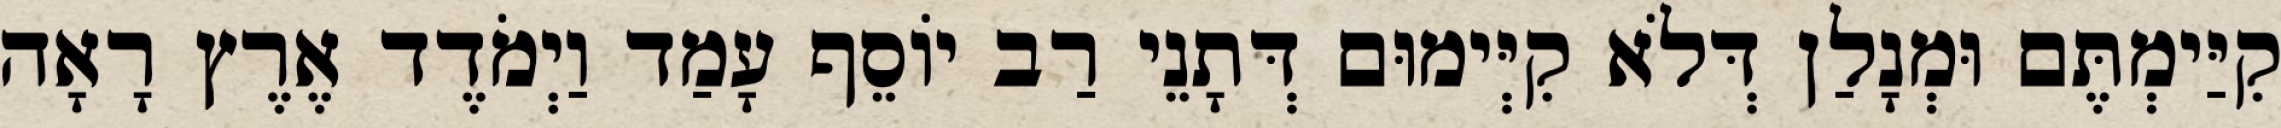
קִיַּימְתֶּם וּמְנָלַן דְּלֹא קִיְּימוּם דְּתָנֵי רַב יוֹסֵף עָמַד וַיְמֹדֶד אֶרֶץ רָאָה